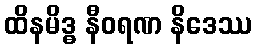
ထိနမိဒ္ဓ နီဝရဏ နိဒေဿ